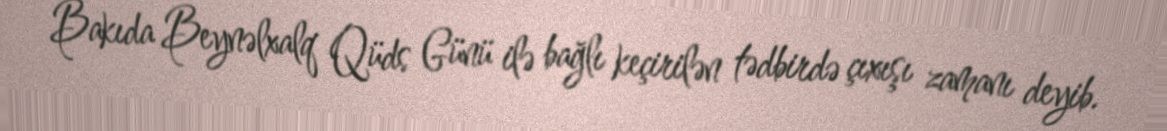
Bakıda Beynəlxalq Qüds Günü ilə bağlı keçirilən tədbirdə çıxışı zamanı deyib.